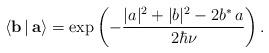
LaTeX: \begin{align*}\langle {\bf b}\,|\,{\bf a}\rangle =\exp\left (-\frac{|a|^2+|b|^2 -2b^*\,a}{2\hbar\nu} \right).\end{align*}